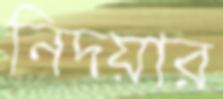
নিদয়ার